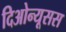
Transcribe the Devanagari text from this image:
दिओन्यूसस